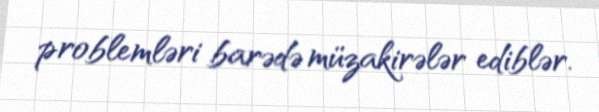
problemləri barədə müzakirələr ediblər.